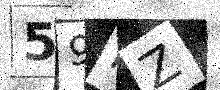
Text: 59PZ